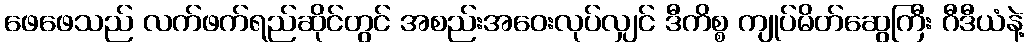
ဖေဖေသည် လက်ဖက်ရည်ဆိုင်တွင် အစည်းအဝေးလုပ်လျှင် ဒီကိစ္စ ကျုပ်မိတ်ဆွေကြီး ဂီဒီယံနဲ့